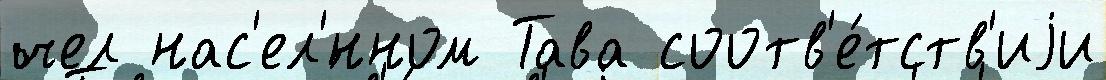
чел нас'ел'́нном Тава соотв'е́тств'иjи